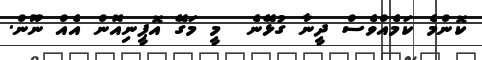
ކޮންމެ ކަމެއްވެސް ދީނާ ގުޅޭނެ  މީ މަގޭ އޮޕީނިއޮން އެއް ނޫން.